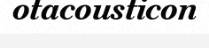
otacousticon